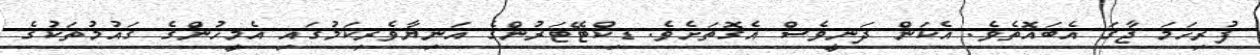
ފުރިހަމަ ޖާގަ އެބައޮތެވެ. އެކަން ދަނީވެސް އެގޮތަށެވެ. ޑިކްޓޭޓަރުންގެ އަނިޔާވެރިކަމުގައި އެމީހުންގެ ގައުމުތަކުގެ